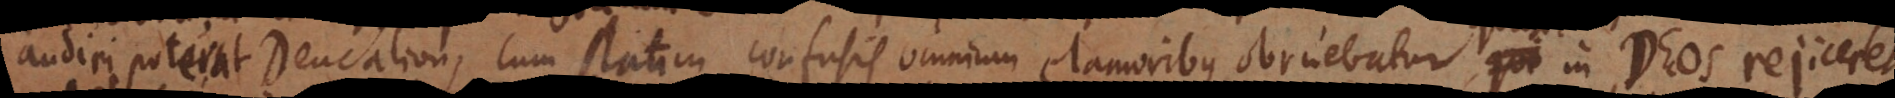
audiri poterat Deucalion, cum statim confusis omnium clamoribus obruebatur, qui in Deos rejiceret